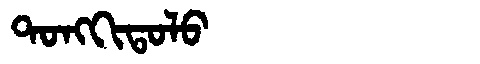
Manchu: ᡨᠣᠩᡴᡳᡨᠣᠯᠣ
Romanization: TONGKITOLO